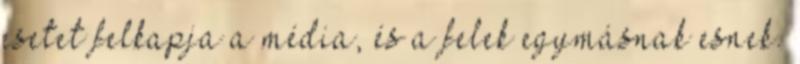
esetet felkapja a média, és a felek egymásnak esnek.